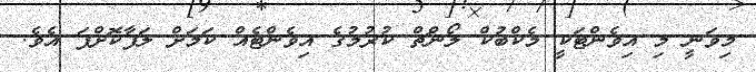
މިވަނީ މި އިވެންޓަކީ މެކްބުކް ލޯންޗް ކުރުމުގެ އިވެންޓެއް ކަމަށް ލަފާކޮށްފަ އެވެ.